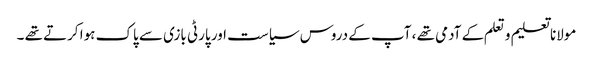
مولانا تعلیم و تعلم کے آدمی تھے ، آپ کے دروس سیاست اور پارٹی بازی سے پاک ہوا کرتے تھے ۔